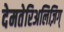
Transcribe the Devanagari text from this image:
देमतेरिअलिज़िग्